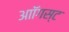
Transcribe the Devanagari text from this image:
आॉगस्ट